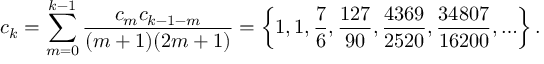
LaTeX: c _ { k } = \sum _ { m = 0 } ^ { k - 1 } { \frac { c _ { m } c _ { k - 1 - m } } { ( m + 1 ) ( 2 m + 1 ) } } = \left\{ 1 , 1 , { \frac { 7 } { 6 } } , { \frac { 1 2 7 } { 9 0 } } , { \frac { 4 3 6 9 } { 2 5 2 0 } } , { \frac { 3 4 8 0 7 } { 1 6 2 0 0 } } , \ldots \right\} .